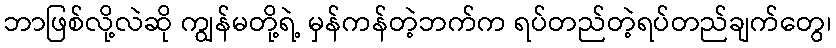
ဘာဖြစ်လို့လဲဆို ကျွန်မတို့ရဲ့ မှန်ကန်တဲ့ဘက်က ရပ်တည်တဲ့ရပ်တည်ချက်တွေ၊